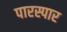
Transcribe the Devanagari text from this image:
पारस्पार